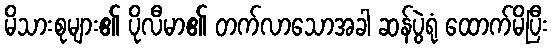
မိသားစုများ၏ ပိုလီမာ၏ တက်လာသောအခါ ဆန်ပွဲရုံ ထောက်မိပြီး